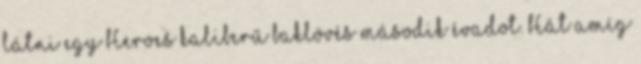
látni egy Heroes kaliberű baklövés második évadot. Hát amíg